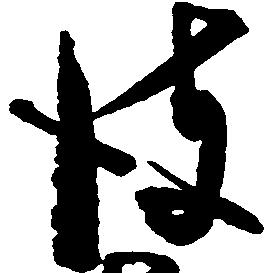
彼